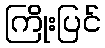
ကြိုးပြင်